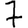
Digit: 7